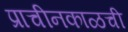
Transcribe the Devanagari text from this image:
प्राचीनकाळची